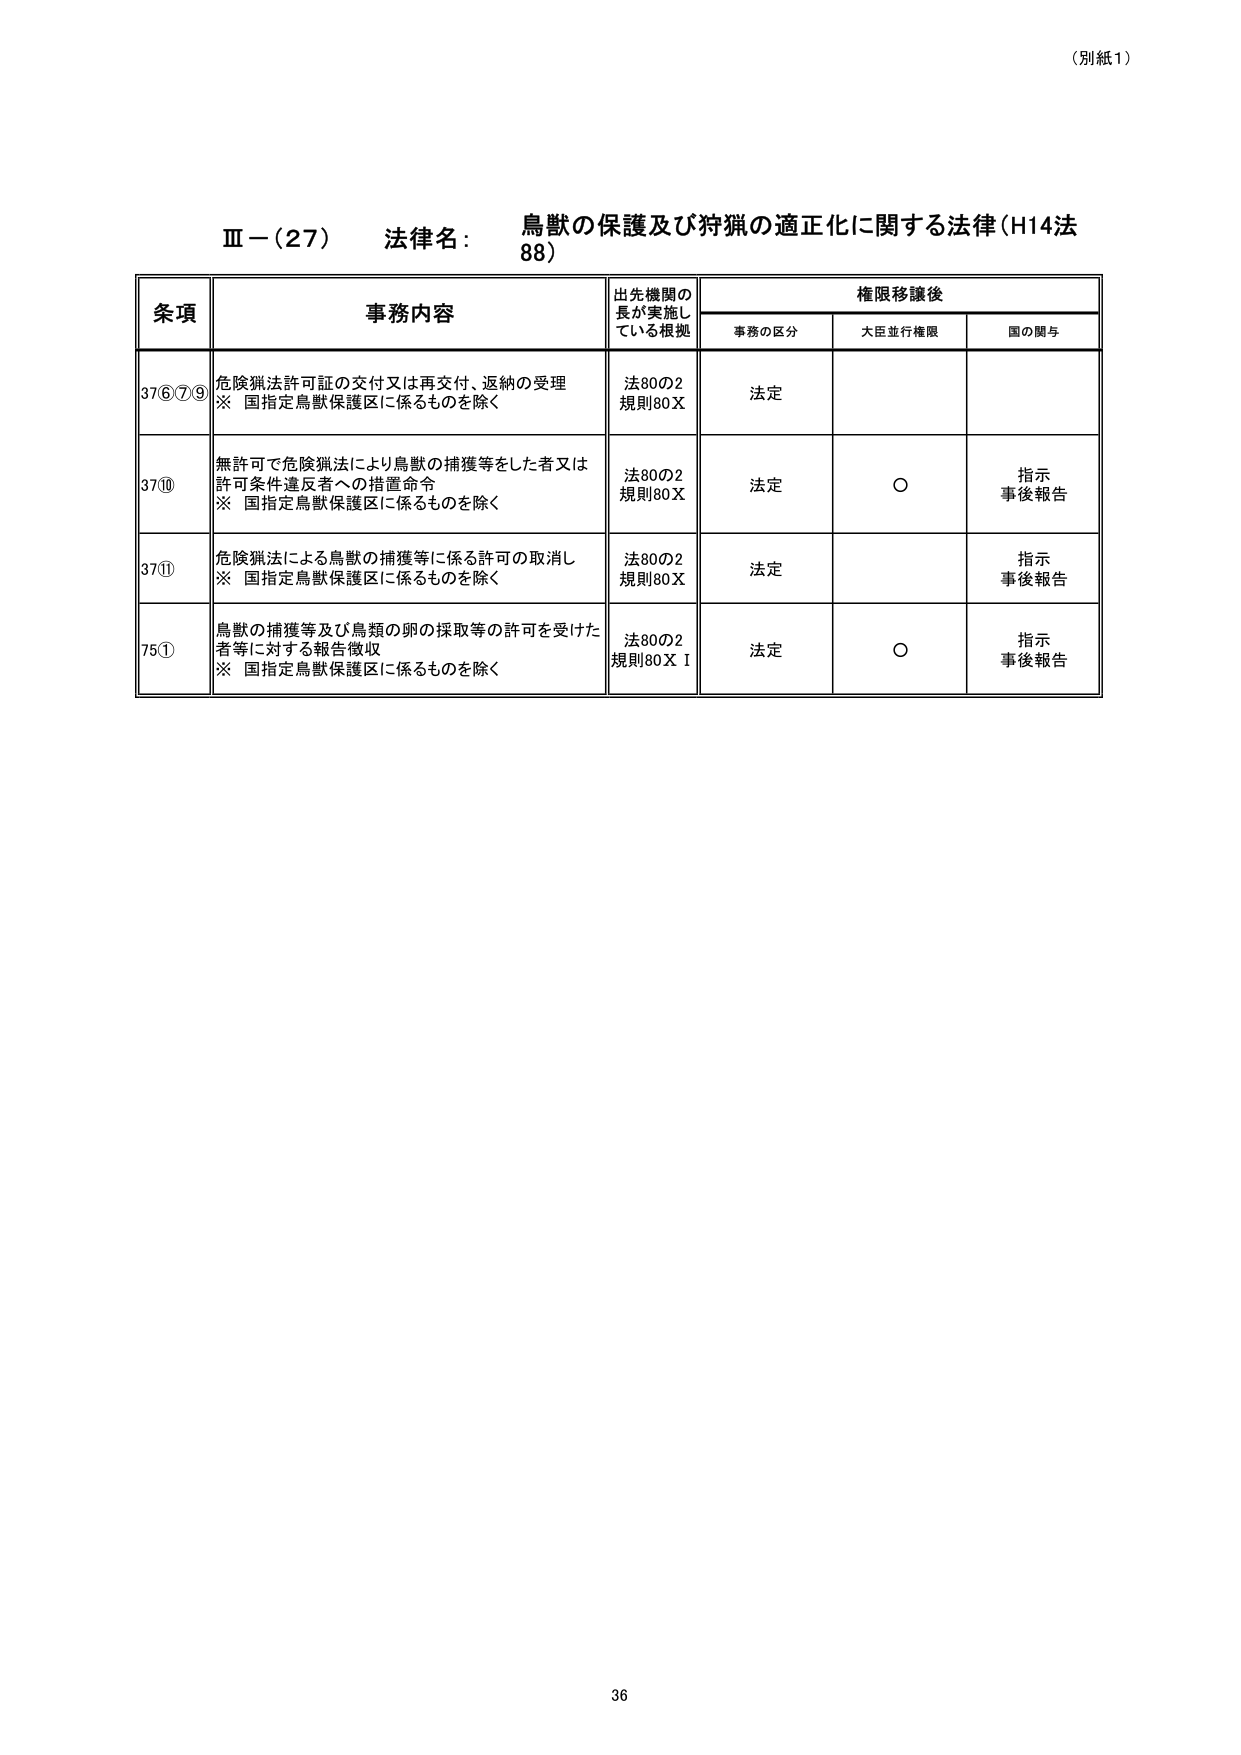
（別紙1）

Ⅲ－（27） 法律名： 鳥獣の保護及び狩猟の適正化に関する法律（H14法88）

条項 事務内容 出先機関の長が実施している根拠 権限移譲後